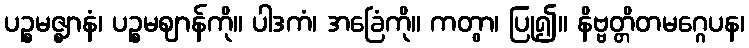
ပဉ္စမဇ္ဈာနံ၊ ပဉ္စမဈာန်ကို။ ပါဒကံ၊ အခြေံကို။ ကတွာ၊ ပြု၍။ နိဗ္ဗတ္တိတမဂ္ဂေပန၊